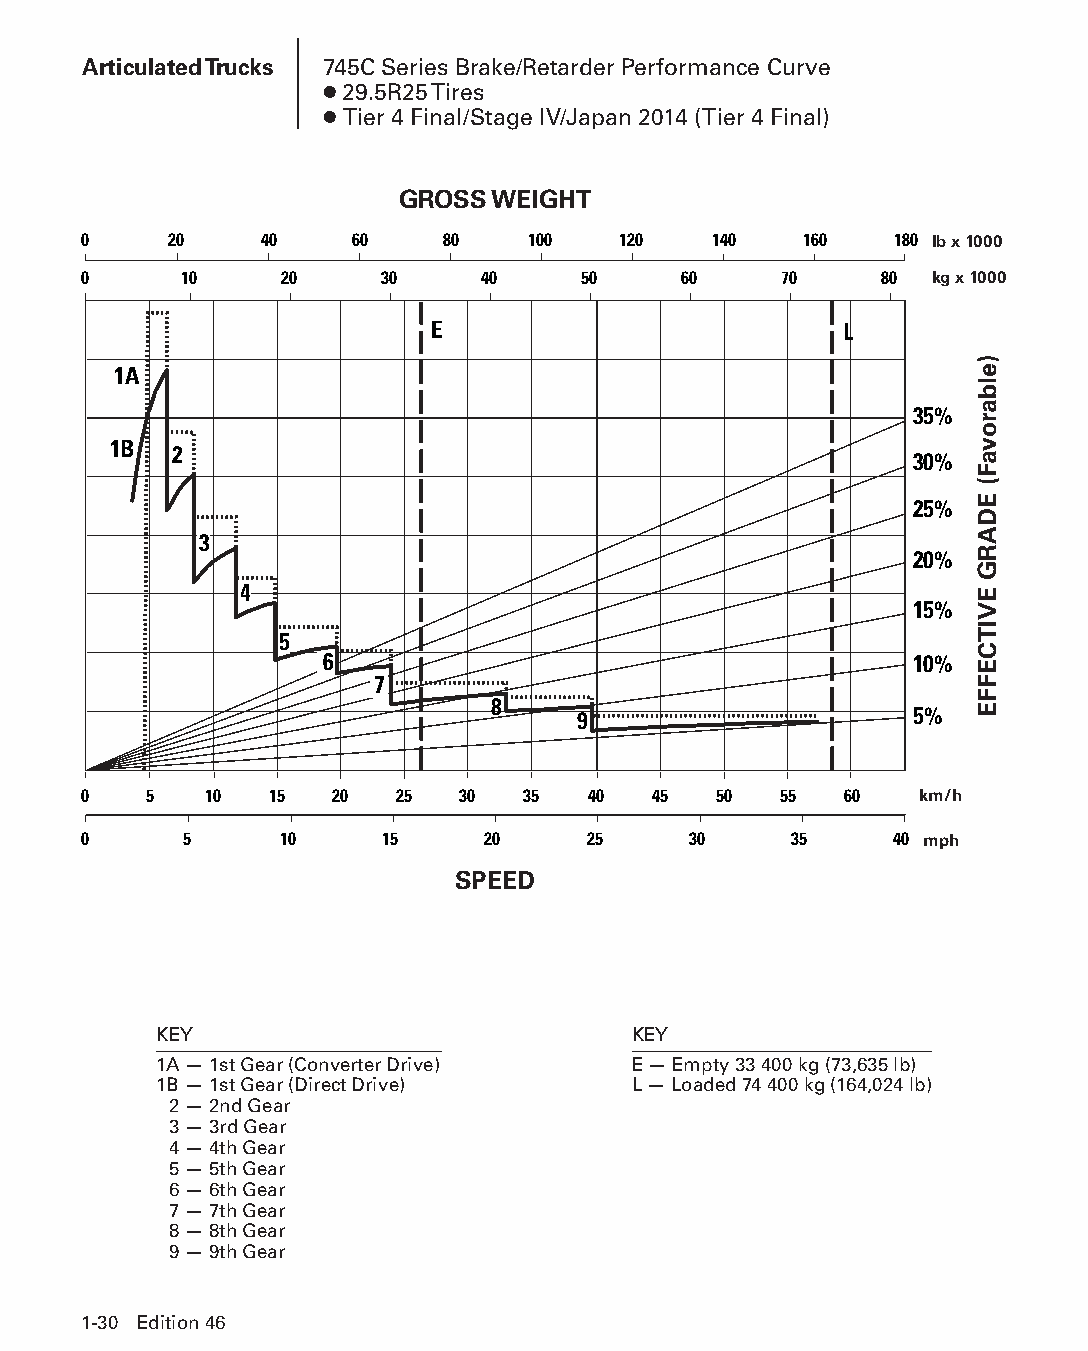
Articulated Trucks 745C Series Brake/Retarder Performance Curve
 ● 29.5R25 Tires
 ● Tier 4 Final/Stage IV/Japan 2014 (Tier 4 Final)
 GROSS WEIGHT
 0    20     40    60    80   100   120   140    160   180 lb x 1000
 0     10     20     30    40     50    60     70     80 kg x 1000
 E                          L
 1A
 35%
 1B  2
 30%
 25%
 3
 20%
 4
 15%
 5
 6                                      10%
 7
 8
 9                     5%
 0   5   10  15  20   25  30  35  40   45  50  55  60   km/h
 0     5      10     15    20     25     30     35     40 mph
 SPEED
 KEY                            KEY
 1A — 1st Gear (Converter Drive) E — Empty 33 400 kg (73,635 lb)
 1B — 1st Gear (Direct Drive)   L — Loaded 74 400 kg (164,024 lb)
 2 — 2nd Gear
 3 — 3rd Gear
 4 — 4th Gear
 5 — 5th Gear
 6 — 6th Gear
 7 — 7th Gear
 8 — 8th Gear
 9 — 9th Gear
 1-30 Edition 46
 PPHHBB--SSeecc0011--1166..iinndddd 3300                        1122//44//1155 1100::2244 AAMM
 )elbarovaF(
 EDARG
 EVITCEFFE